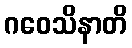
ဂဝေသိနာတိ